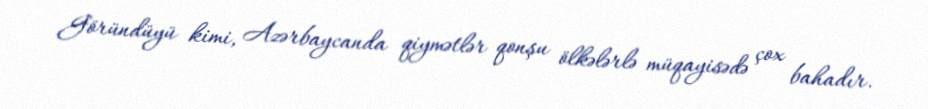
Göründüyü kimi, Azərbaycanda qiymətlər qonşu ölkələrlə müqayisədə çox bahadır.